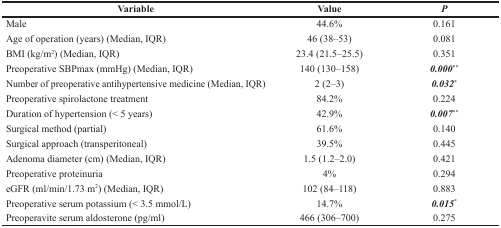
<table><thead><tr><td><b>Variable</b></td><td><b>Value</b></td><td><b><i>P</i></b></td></tr></thead><tbody><tr><td>Male</td><td>44.6%</td><td>0.161</td></tr><tr><td>Age of operation (years) (Median, IQR)</td><td>46 (38–53)</td><td>0.081</td></tr><tr><td>BMI (kg/m<sup>2</sup>) (Median, IQR)</td><td>23.4 (21.5–25.5)</td><td>0.351</td></tr><tr><td>Preoperative SBPmax (mmHg) (Median, IQR)</td><td>140 (130–158)</td><td><b><i>0.000</i></b><sup>**</sup></td></tr><tr><td>Number of preoperative antihypertensive medicine (Median, IQR)</td><td>2 (2–3)</td><td><b><i>0.032</i></b><sup>*</sup></td></tr><tr><td>Preoperative spirolactone treatment</td><td>84.2%</td><td>0.224</td></tr><tr><td>Duration of hypertension (&lt; 5 years)</td><td>42.9%</td><td><b><i>0.007</i></b><sup>**</sup></td></tr><tr><td>Surgical method (partial)</td><td>61.6%</td><td>0.140</td></tr><tr><td>Surgical approach (transperitoneal)</td><td>39.5%</td><td>0.445</td></tr><tr><td>Adenoma diameter (cm) (Median, IQR)</td><td>1.5 (1.2–2.0)</td><td>0.421</td></tr><tr><td>Preoperative proteinuria</td><td>4%</td><td>0.294</td></tr><tr><td>eGFR (ml/min/1.73 m<sup>2</sup>) (Median, IQR)</td><td>102 (84–118)</td><td>0.883</td></tr><tr><td>Preoperative serum potassium (&lt; 3.5 mmol/L)</td><td>14.7%</td><td><b><i>0.015</i></b><sup>*</sup></td></tr><tr><td>Preoperavite serum aldosterone (pg/ml)</td><td>466 (306–700)</td><td>0.275</td></tr></tbody></table>